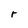
Character: r